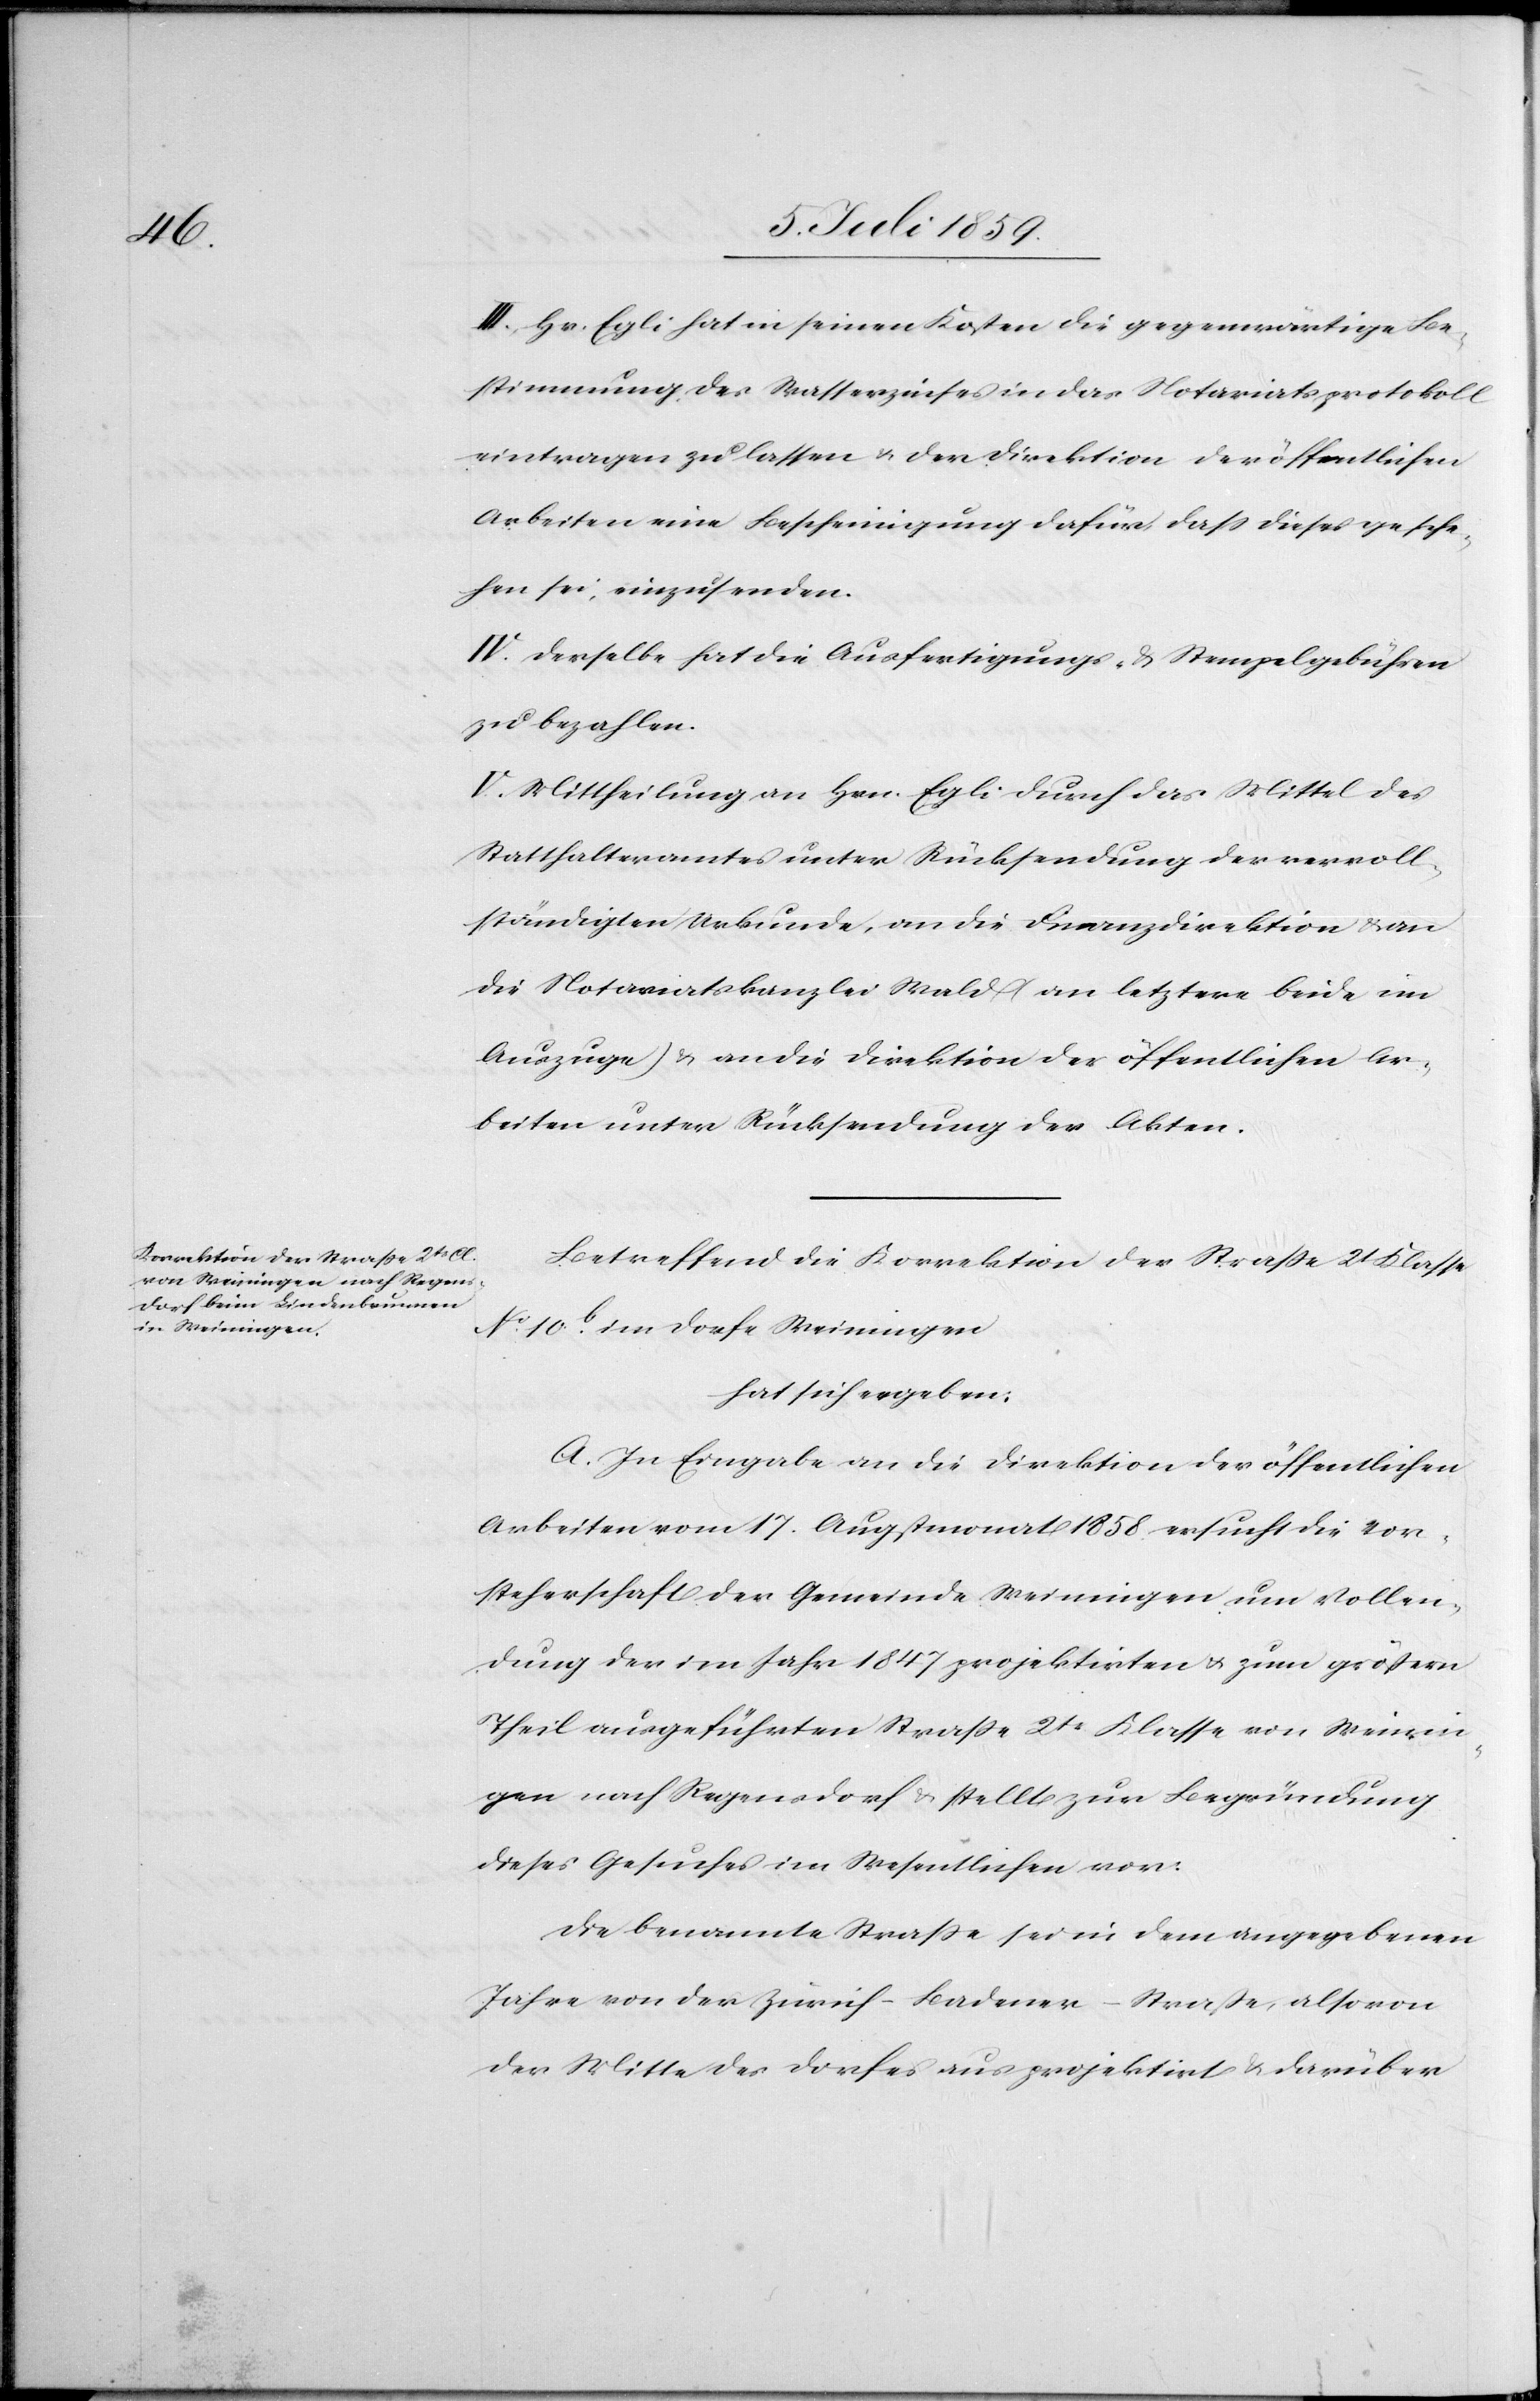
III. Hr. Egli hat in seinen Kosten die gegenwärtige Be¬
stimmung des Wasserzinses in das Notariatsprotokoll
eintragen zu lassen u. der Direktion der öffentlichen
Arbeiten eine Bescheinigung dafür, daß dieses gesche¬
hen sei, einzusenden.
IV. Derselbe hat die Ausfertigungs- u. Stempelgebühren
zu bezahlen.
V. Mittheilung an Hrn. Egli durch das Mittel des
Statthalteramtes unter Rücksendung der vervoll¬
ständigten Urkunde, an die Finanzdirektion u. an
die Notariatskanzlei Wald (an letztere beide im
Auszuge) u. an die Direktion der öffentlichen Ar¬
beiten unter Rücksendung der Akten.
Betreffend die Korrektion der Straße 2t. Klasse
No. 10b. im Dorfe Weiningen
hat sich ergeben:
A. In Eingabe an die Direktion der öffentlichen
Arbeiten vom 17. Augstmonat 1858 ersucht die Vor¬
steherschaft der Gemeinde Weiningen um Vollen¬
dung der im Jahr 1847 projektirten u. zum größern
Theil ausgeführten Straße 2tr. Klasse von Weinin¬
gen nach Regensdorf u. stellt zur Begründung
dieses Gesuches im Wesentlichen vor:
Die benannte Straße sei in dem angegebenen
Jahre von der Zürich-Badener-Straße, also von
der Mitte des Dorfes aus projektirt u. darüber